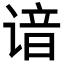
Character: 谙